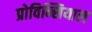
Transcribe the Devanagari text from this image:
प्रोविन्सियाल